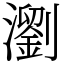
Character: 瀏